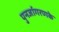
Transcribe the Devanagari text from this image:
पुनर्जागरणके